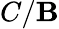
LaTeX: C/\mathbf{B}